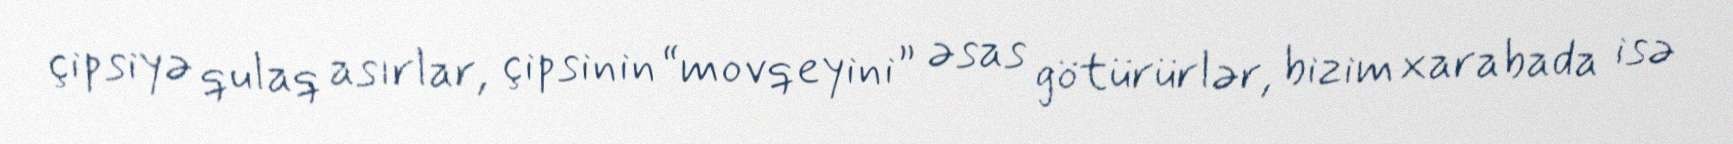
çipsiyə qulaq asırlar, çipsinin “movqeyini” əsas götürürlər, bizim xarabada isə